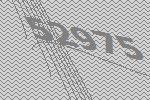
52975